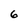
Character: 6